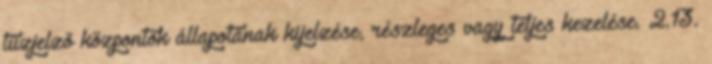
tûzjelzõ központok állapotának kijelzése, részleges vagy teljes kezelése. 2.13.